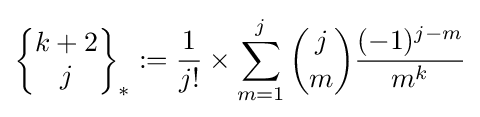
\left\{{\begin{matrix}k+2\\j\end{matrix}}\right\}_{\ast }:={\frac {1}{j!}}\times \sum _{m=1}^{j}{\binom {j}{m}}{\frac {(-1)^{j-m}}{m^{k}}}